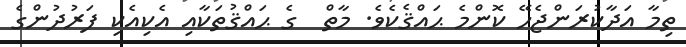
ތިމާ އަދާކުރަންޖެހޭ ކޮންމެ ޙައްޤެކެވެ. މާތް  ގެ ޙައްޤުތަކާއި އެކިއެކި ފަރުދުންގެ